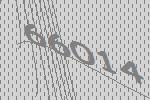
66014